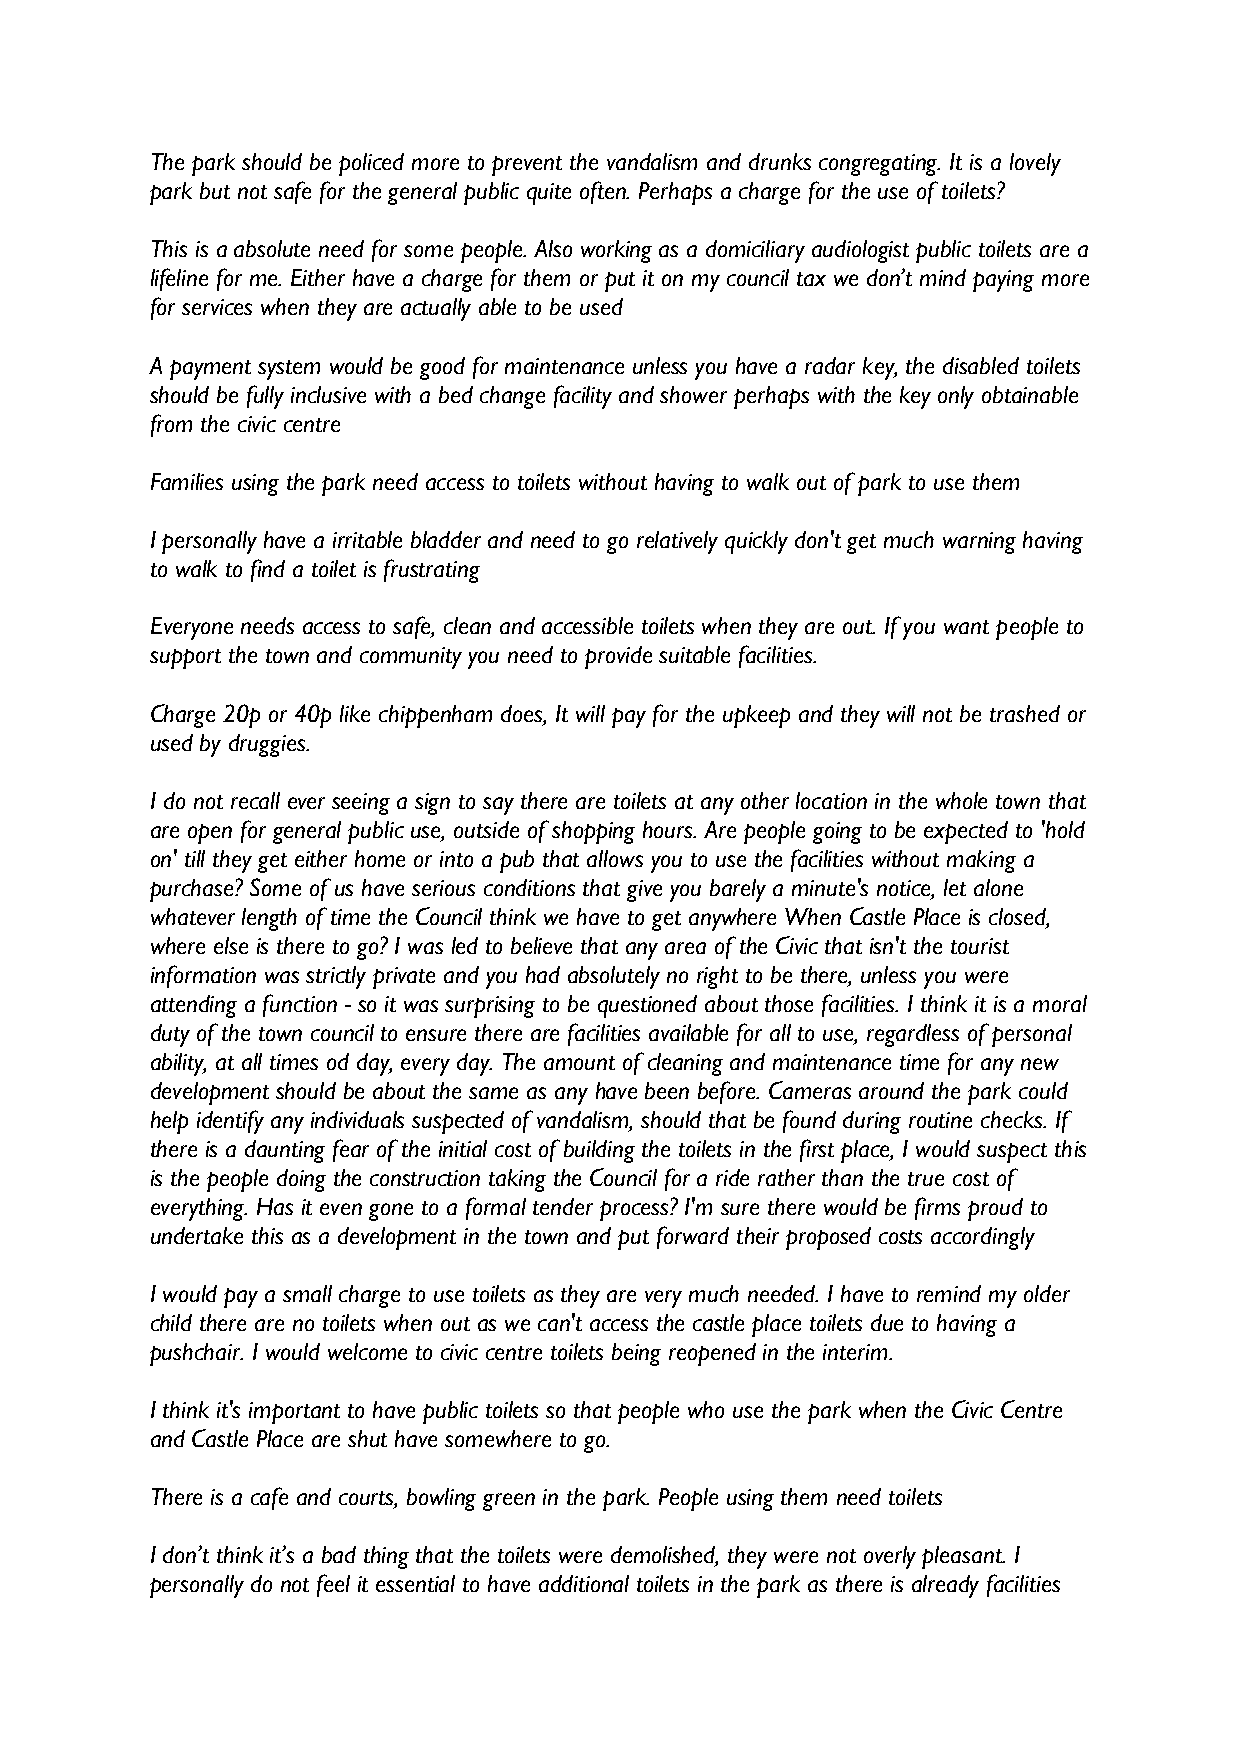
The park should be policed more to prevent the vandalism and drunks congregating. It is a lovely
 park but not safe for the general public quite often. Perhaps a charge for the use of toilets?
 This is a absolute need for some people. Also working as a domiciliary audiologist public toilets are a
 lifeline for me. Either have a charge for them or put it on my council tax we don’t mind paying more
 for services when they are actually able to be used
 A payment system would be good for maintenance unless you have a radar key, the disabled toilets
 should be fully inclusive with a bed change facility and shower perhaps with the key only obtainable
 from the civic centre
 Families using the park need access to toilets without having to walk out of park to use them
 I personally have a irritable bladder and need to go relatively quickly don't get much warning having
 to walk to find a toilet is frustrating
 Everyone needs access to safe, clean and accessible toilets when they are out. If you want people to
 support the town and community you need to provide suitable facilities.
 Charge 20p or 40p like chippenham does, It will pay for the upkeep and they will not be trashed or
 used by druggies.
 I do not recall ever seeing a sign to say there are toilets at any other location in the whole town that
 are open for general public use, outside of shopping hours. Are people going to be expected to 'hold
 on' till they get either home or into a pub that allows you to use the facilities without making a
 purchase? Some of us have serious conditions that give you barely a minute's notice, let alone
 whatever length of time the Council think we have to get anywhere When Castle Place is closed,
 where else is there to go? I was led to believe that any area of the Civic that isn't the tourist
 information was strictly private and you had absolutely no right to be there, unless you were
 attending a function - so it was surprising to be questioned about those facilities. I think it is a moral
 duty of the town council to ensure there are facilities available for all to use, regardless of personal
 ability, at all times od day, every day. The amount of cleaning and maintenance time for any new
 development should be about the same as any have been before. Cameras around the park could
 help identify any individuals suspected of vandalism, should that be found during routine checks. If
 there is a daunting fear of the initial cost of building the toilets in the first place, I would suspect this
 is the people doing the construction taking the Council for a ride rather than the true cost of
 everything. Has it even gone to a formal tender process? I'm sure there would be firms proud to
 undertake this as a development in the town and put forward their proposed costs accordingly
 I would pay a small charge to use toilets as they are very much needed. I have to remind my older
 child there are no toilets when out as we can't access the castle place toilets due to having a
 pushchair. I would welcome to civic centre toilets being reopened in the interim.
 I think it's important to have public toilets so that people who use the park when the Civic Centre
 and Castle Place are shut have somewhere to go.
 There is a cafe and courts, bowling green in the park. People using them need toilets
 I don’t think it’s a bad thing that the toilets were demolished, they were not overly pleasant. I
 personally do not feel it essential to have additional toilets in the park as there is already facilities